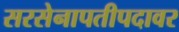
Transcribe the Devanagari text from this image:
सरसेनापतीपदावर